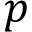
p